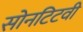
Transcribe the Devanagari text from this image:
सोनटिटवी